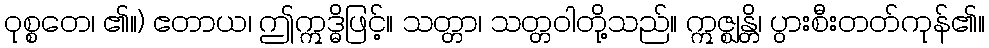
ဝုစ္စတေ၊ ၏။) ဧတာယ၊ ဤဣဒ္ဓိဖြင့်။ သတ္တာ၊ သတ္တဝါတို့သည်။ ဣဇ္ဈန္တိ၊ ပွားစီးတတ်ကုန်၏။